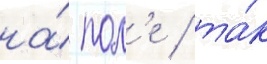
на́ пол'е / та́к